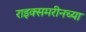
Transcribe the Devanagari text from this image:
राइक्समरीनच्या